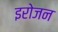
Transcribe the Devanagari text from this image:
इरोजन